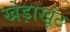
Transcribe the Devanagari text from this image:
खेड़ाखूंट